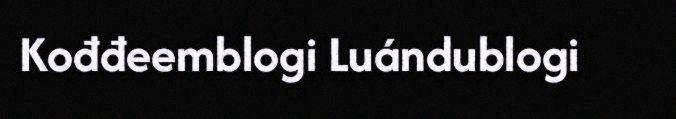
Kođđeemblogi Luándublogi